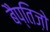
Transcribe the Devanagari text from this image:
बैप्तिज़ो